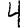
Digit: 4